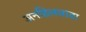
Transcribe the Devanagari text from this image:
अनहिलवाडा